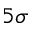
5 \sigma